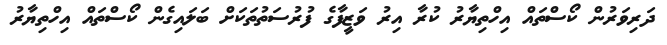
ދަރިވަރުން ކޯސްތައް އިހްތިޔާރު ކުރާ އިރު ވަޒީފާގެ ފުރުސަތުތަކަށް ބަލައިގެން ކޯސްތައް އިހްތިޔާރު